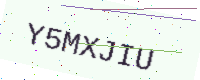
Text: Y5MXJIU